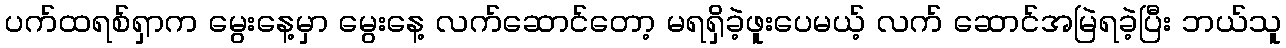
ပက်ထရစ်ရှာက မွေးနေ့မှာ မွေးနေ့ လက်ဆောင်တော့ မရရှိခဲ့ဖူးပေမယ့် လက် ဆောင်အမြဲရခဲ့ပြီး ဘယ်သူ